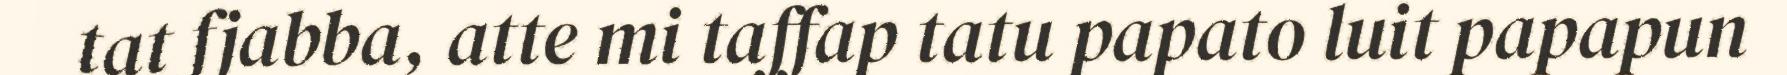
tat fjabba, atte mi taffap tatu papato luit papapun